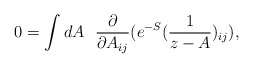
\begin{align*}0=\int dA~~{\partial \over {\partial A_{ij}}}(e^{-S} ({1 \over {z-A}})_{ij}),\end{align*}